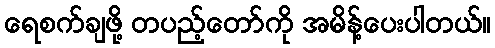
ရေစက်ချဖို့ တပည့်တော်ကို အမိန့်ပေးပါတယ်။